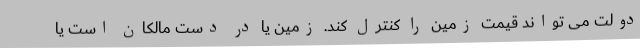
دولت می تواند قیمت زمین را کنترل کند. زمین یا در دست مالکان است یا